Annual report on the working of the lock hospitals in the North-Western Provinces and Oudh
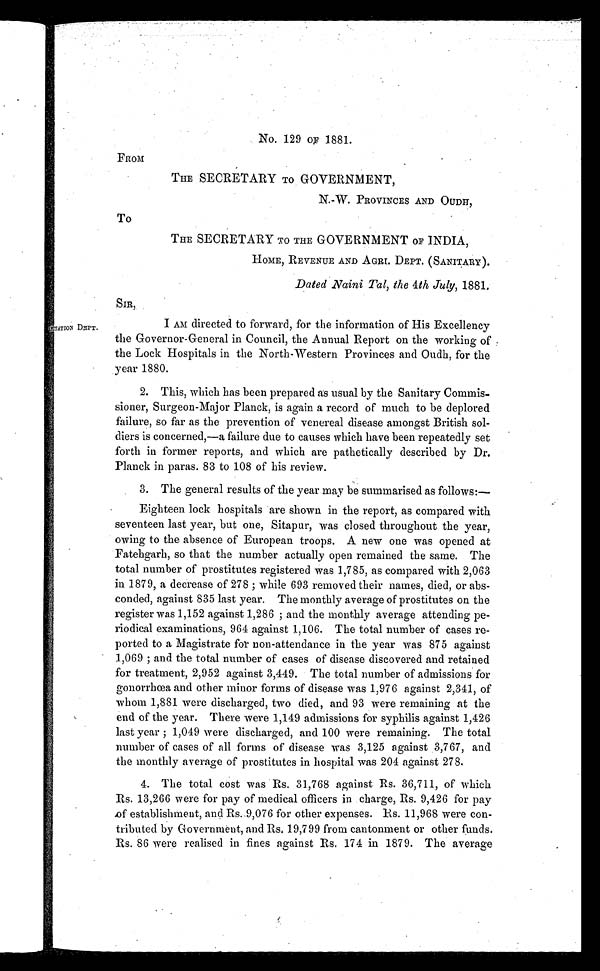
No. 129 OF 1881.
FROM
THE SECRETARY TO GOVERNMENT,
N.-W. PROVINCES AND OUDH'
THE SECRETARY TO THE GOVERNMENT OF INDIA,
HOME, REVENUE AND AGRI. DEPT. (SANITARY).
Dated Naini Tal, the 4th July, 1881.
To
ANTATION DEPT.
SIR,
I AM directed to forward, for the information of His Excellency
the Governor-General in Council, the Annual Report on the working of
the Lock Hospitals in the North-Western Provinces and Oudh, for the
year 1880.
2. This, which has been prepared as usual by the Sanitary Commis-
sioner, Surgeon-Major Planck, is again a record of much to be deplored
failure, so far as the prevention of venereal disease amongst British sol-
diers is concerned,—a failure due to causes which have been repeatedly set
forth in former reports, and which are pathetically described by Dr.
Planck in paras. 83 to 108 of his review.
3. The general results of the year may be summarised as follows:—
Eighteen lock hospitals are shown in the report, as compared with
seventeen last year, but one, Sitapur, was closed throughout the year,
owing to the absence of European troops. A new one was opened at
Fatehgarh, so that the number actually open remained the same. The
total number of prostitutes registered was 1,785, as compared with 2,063
in 1879, a decrease of 278 ; while 693 removed their names, died, or abs-
conded, against 835 last year. The monthly average of prostitutes on the
register was 1,152 against 1,286 ; and the monthly average attending pe-
riodical examinations, 964 against 1,106. The total number of cases re-
ported to a Magistrate for non-attendance in the year was 875 against
1,069 ; and the total number of cases of disease discovered and retained
for treatment, 2,952 against 3,449. The total number of admissions for
gonorrhoea and other minor forms of disease was 1,976 against 2,341, of
whom 1,881 were discharged, two died, and 93 were remaining at the
end of the year. There were 1,149 admissions for syphilis against 1,426
last year ; 1,049 were discharged, and 100 were remaining. The total
number of cases of all forms of disease was 3,125 against 3,767, and
the monthly average of prostitutes in hospital was 204 against 278.
4. The total cost was Rs. 31,768 against Rs. 36,711, of which
Rs. 13,266 were for pay of medical officers in charge, Rs. 9,426 for pay
o f establishment, and Rs. 9,076 for other expenses. Rs. 11,968 were con-
tributed by Government, and Rs. 19,799 from cantonment or other funds.
Rs. 86 were realised in fines against Rs, 174 in 1879. The average